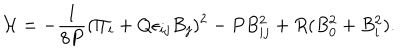
LaTeX: { \cal H } = - { \frac { 1 } { 8 P } } ( \Pi _ { i } + Q \epsilon _ { i j } B _ { j } ) ^ { 2 } - P B _ { i j } ^ { 2 } + R ( B _ { 0 } ^ { 2 } + B _ { i } ^ { 2 } ) .